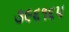
૩૯૬૧૬૫